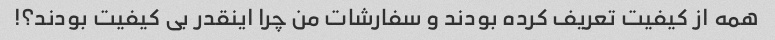
همه از کیفیت تعریف کرده بودند و سفارشات من چرا اینقدر بی کیفیت بودند؟!